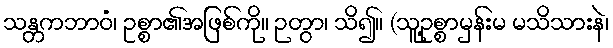
သန္တကဘာဝံ၊ ဥစ္စာ၏အဖြစ်ကို။ ဉတွာ၊ သိ၍။ (သူ့ဥစ္စာမှန်းမ မသိသားနဲ၊